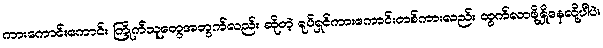
ကားကောင်းကောင်း ကြိုက်သူတွေအတွက်လည်း ဆိုတဲ့ ရုပ်ရှင်ကားကောင်းတစ်ကားလည်း ထွက်လာဖို့ရှိနေလို့ပါပဲ။